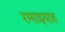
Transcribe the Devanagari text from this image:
रमाइयाह